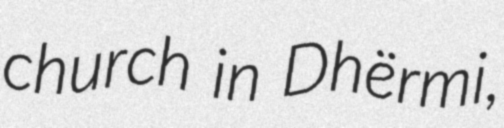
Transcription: church in Dhërmi,